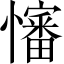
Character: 𪬺